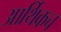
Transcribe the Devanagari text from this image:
आर्थिकच